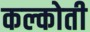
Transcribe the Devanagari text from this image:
कल्कोती